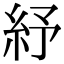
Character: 紓